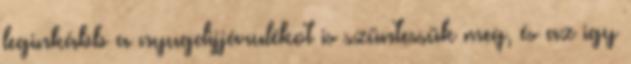
leginkább a nyugdijjárulékot is szüntessük meg, és az igy